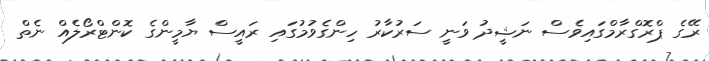
ރޭގެ ޕްރޮގްރާމްގައިވެސް ނަޝީދު ވަނީ ސަރުކާރު ހިންގެވުމުގައި ރައީސް ޔާމީންގެ ކޮންޓްރޯލެއް ނެތް